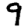
Digit: 9